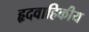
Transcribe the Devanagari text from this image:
हृदवाहिकीय